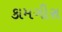
કામગીરા